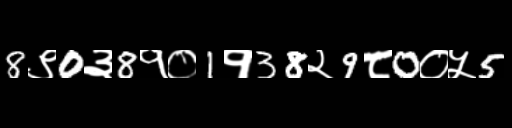
Text: 8९0३8१०1१38२9८0०५5